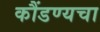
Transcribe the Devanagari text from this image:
कौंडण्यचा